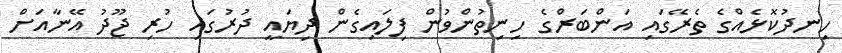
ހިނދުކޮޅެއްގެ ތެރޭގައި އަންބަރްގެ ހިނިތުންވުން ފިލައިގެން ދިޔައީ ދުރުގައި ހުރި ޖޫދު އޭނާއަށް